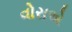
વોરાએ